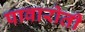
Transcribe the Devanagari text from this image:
पावारोती